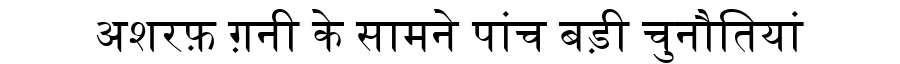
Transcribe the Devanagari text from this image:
अशरफ़ ग़नी के सामने पांच बड़ी चुनौतियां